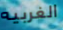
الغربيه